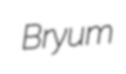
Bryum